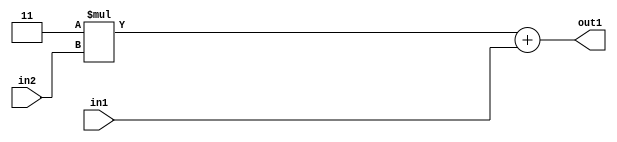
`timescale 1ps / 1ps
/*****************************************************************************
    Verilog RTL Description
    
    
    Created by: Stratus DpOpt 2019.1.01 
*******************************************************************************/

module GaussianFilter_Add2u2Mul2i3u2_1 (
	in2,
	in1,
	out1
	); /* architecture "behavioural" */ 
input [1:0] in2,
	in1;
output [3:0] out1;
wire [3:0] asc001;

wire [3:0] asc001_tmp_0;
assign asc001_tmp_0 = 
	+(4'B0011 * in2);
assign asc001 = asc001_tmp_0
	+(in1);

assign out1 = asc001;
endmodule

/* CADENCE  ubb4QwA= : u9/ySgnWtBlWxVPRXgAZ4Og= ** DO NOT EDIT THIS LINE ******/